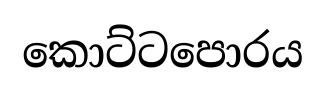
කොට්ටපොරය